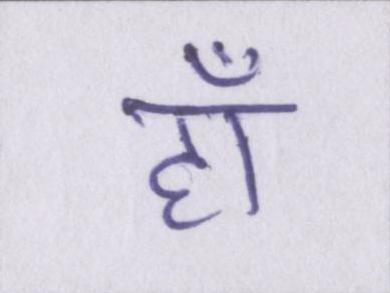
हाँ